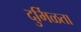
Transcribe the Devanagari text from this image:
दुर्मिळता